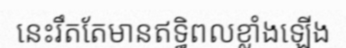
នេះរឹតតែមានឥទ្ធិពលខ្លាំងឡើង